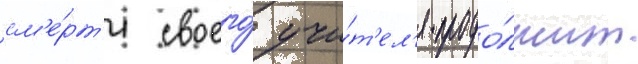
см'е́рт'и своего́ учи́т'ел'я продо́лжит